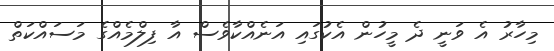
މިހާރު އެ ވަނީ ދެ މީހުން އެކުގައި އަނެއްކާވެސް އާ ފިލްމެއްގެ މަސައްކަތް